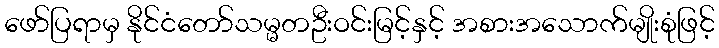
ဖော်ပြရာမှ နိုင်ငံတော်သမ္မတဦးဝင်းမြင့်နှင့် အစားအသောက်မျိုးစုံဖြင့်